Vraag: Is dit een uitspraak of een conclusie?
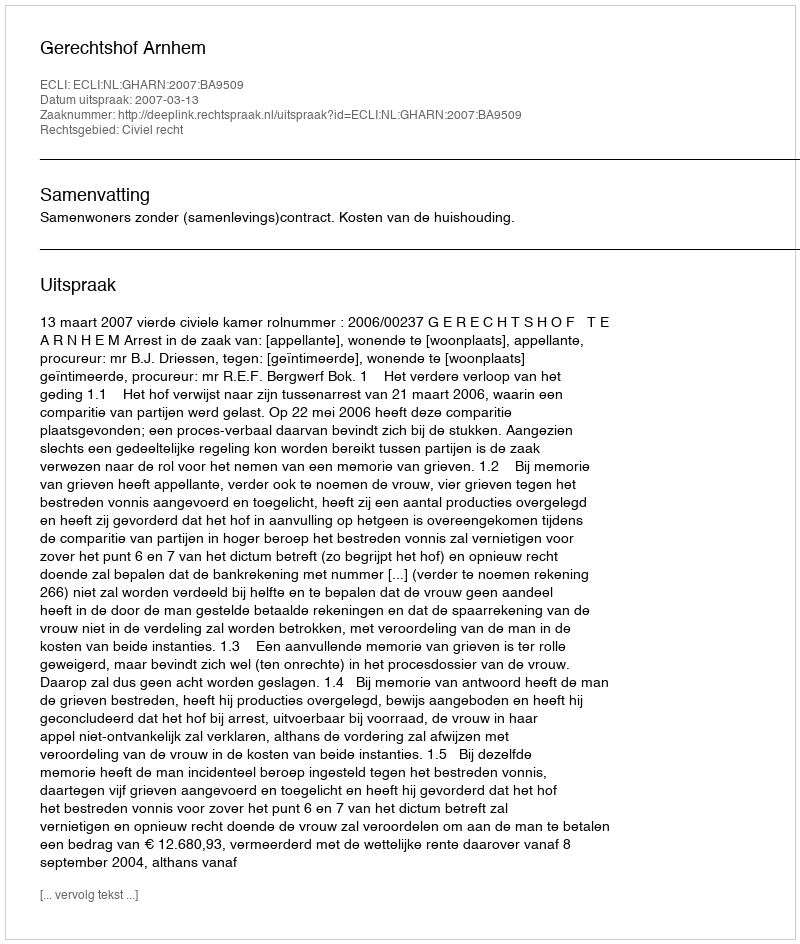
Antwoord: Uitspraak